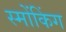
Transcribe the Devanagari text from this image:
स्मोंकिंग